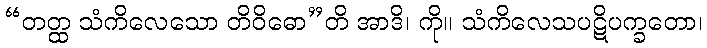
“တတ္ထ သံကိလေသော တိဝိဓော”တိ အာဒိ၊ ကို။ သံကိလေသပဋိပက္ခတော၊